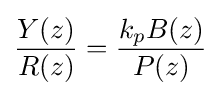
{\frac {Y(z)}{R(z)}}={\frac {k_{p}B(z)}{P(z)}}